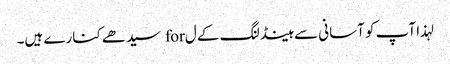
لہذا آپ کو آسانی سے ہینڈلنگ کے ل for سیدھے کنارے ہیں۔